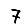
Digit: 7